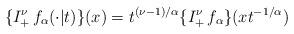
LaTeX: \begin{align*} \{I_+^\nu\, f_\alpha(\cdot\vert t)\}(x) &= t^{(\nu-1)/\alpha} \{I_+^\nu\, f_\alpha\}(xt^{-1/\alpha})\end{align*}